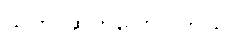
သူက ဆက်ပြောပါတယ်။